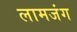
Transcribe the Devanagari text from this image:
लामजंग